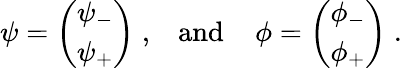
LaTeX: \psi=\left(\begin{array}{c}{{\psi_{-}}}\\ {{\psi_{+}}}\end{array}\right)\; ,\; \; \; \mathrm{and}\; \; \; \; \phi=\left(\begin{array}{c}{{\phi_{-}}}\\ {{\phi_{+}}}\end{array}\right)\; .